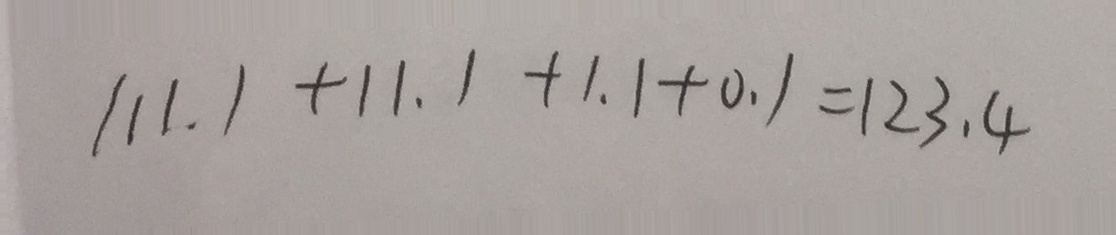
1 1 1 . 1 + 1 1 . 1 + 1 . 1 + 0 . 1 = 1 2 3 . 4